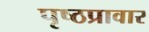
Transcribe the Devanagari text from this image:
पृष्ठप्रावार